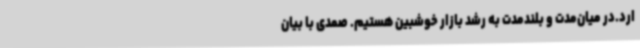
ارد.در میان‌مدت و بلندمدت به رشد بازار خوشبین هستیم. صمدی با بیان